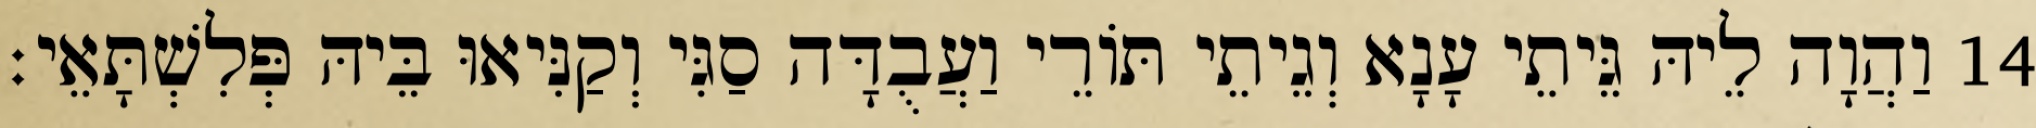
14 וַהֲוָה לֵיהּ גֵּיתֵי עָנָא וְגֵיתֵי תּוֹרֵי וַעֲבֻדָּה סַגִּי וְקַנִּיאוּ בֵּיהּ פְּלִשְׁתָּאֵי׃